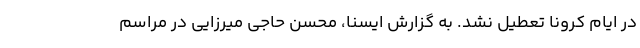
در ایام کرونا تعطیل نشد. به گزارش ایسنا، محسن حاجی میرزایی در مراسم